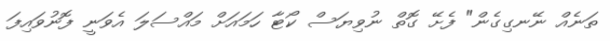
ތަނެއް ނޭނގިގެން" ފެށޭ ގޮތް ނުވިޔަސް ކޯޓާ ހަމައަށް މައްސަލަ އެވަނީ ފޮނުވައިފަ